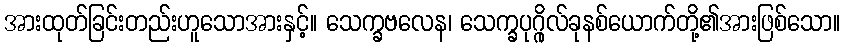
အားထုတ်ခြင်းတည်းဟူသောအားနှင့်။ သေက္ခဗလေန၊ သေက္ခပုဂ္ဂိုလ်ခုနစ်ယောက်တို့၏အားဖြစ်သော။